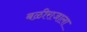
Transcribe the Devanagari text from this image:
बळीराजाला